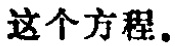
这个方程。